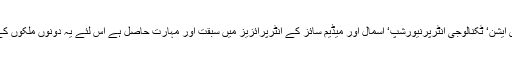
چونکہ ہندوستان کو ایوی ایشن‘ ٹکنالوجی انٹرپرنیورشپ‘ اسمال اور میڈیم سائز کے انٹرپرائزیز میں سبقت اور مہارت حاصل ہے اس لئے یہ دونوں ملکوں کے لئے فائدہ کا سودا ہے۔